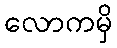
လောကမှိ